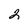
Character: 2